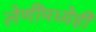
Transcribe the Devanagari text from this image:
लेणींमध्येही